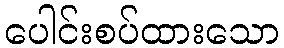
ပေါင်းစပ်ထားသော